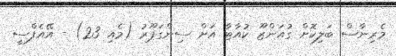
މެރިނާސް ބަލިކޮށް ގުއަންޒޫ ކުއާޓާ އަށް ސިންގަޕޫރު (މެއި 23) - އޭއެފްސީ